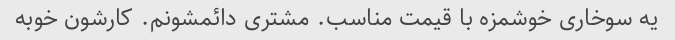
یه سوخاری خوشمزه با قیمت مناسب. مشتری دائمشونم. کارشون خوبه